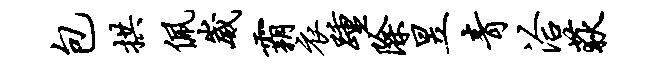
包拱佩崴霸衣踵除昱青洽荻